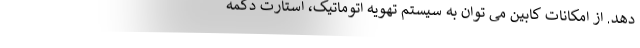
دهد. از امکانات کابین می توان به سیستم تهویه اتوماتیک، استارت دکمه